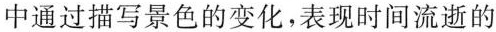
中通过描写景色的变化，表现时间流逝的